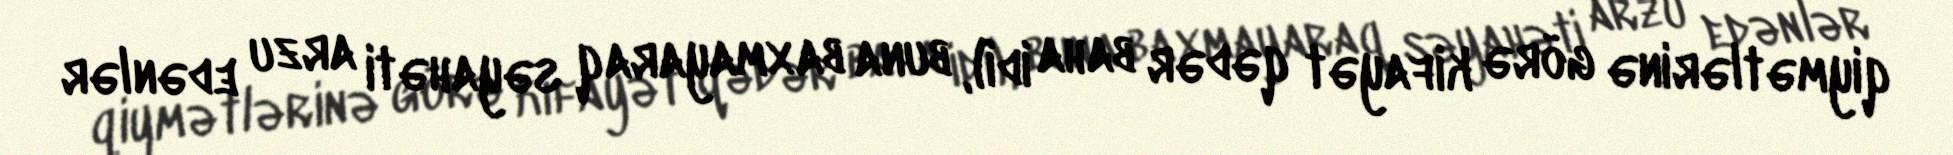
qiymətlərinə görə kifayət qədər baha idi), buna baxmayaraq səyahəti arzu edənlər